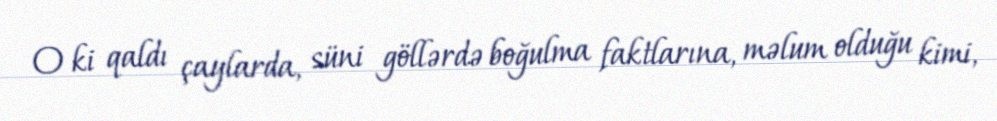
O ki qaldı çaylarda, süni göllərdə boğulma faktlarına, məlum olduğu kimi,